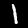
Label: 1